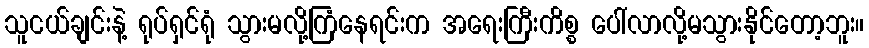
သူငယ်ချင်းနဲ့ ရုပ်ရှင်ရုံ သွားမလို့ကြံနေရင်းက အရေးကြီးကိစ္စ ပေါ်လာလို့မသွားနိုင်တော့ဘူး။